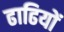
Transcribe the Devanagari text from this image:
ढाढियों